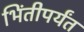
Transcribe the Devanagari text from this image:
भिंतीपर्यंत